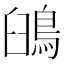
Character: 䳎